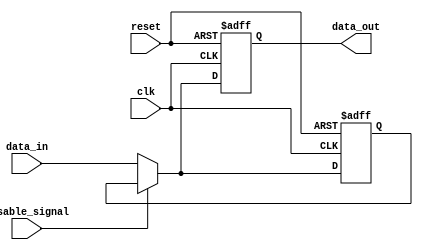
module Disable (
    input wire clk,                // Clock signal for synchronous operation
    input wire reset,              // Asynchronous reset signal
    input wire disable_signal,     // Control signal to disable functionality
    input wire [N-1:0] data_in,    // Input data
    output reg [N-1:0] data_out    // Output data
);
    parameter N = 8;               // Parameter to specify the width of data

    // Internal register to hold the last valid output state
    reg [N-1:0] last_output;

    always @(posedge clk or posedge reset) begin
        if (reset) begin
            data_out <= 0;          // Reset output to zero
            last_output <= 0;       // Reset last output
        end else if (disable_signal) begin
            // When disable_signal is high, retain the last output value
            data_out <= last_output; // Hold the last output state
        end else begin
            // Normal operation: process input data
            data_out <= data_in;     // Update output with input data
            last_output <= data_in;  // Update last output with current data
        end
    end
endmodule